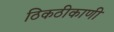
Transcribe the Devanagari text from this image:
ठिकठीकाणी